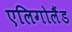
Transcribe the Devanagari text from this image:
एलिगोलैंड